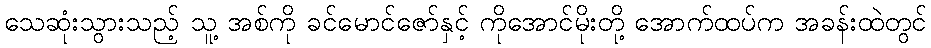
သေဆုံးသွားသည့် သူ့ အစ်ကို ခင်မောင်ဇော်နှင့် ကိုအောင်မိုးတို့ အောက်ထပ်က အခန်းထဲတွင်